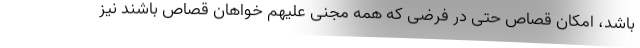
باشد، امکان قصاص حتی در فرضی که همه مجنی علیهم خواهان قصاص باشند نیز